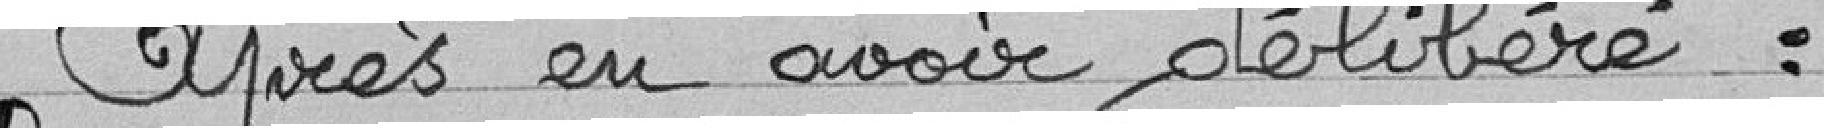
Après en avoir délibéré :